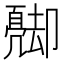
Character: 𠨦